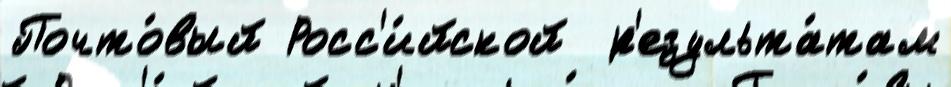
Почто́вый Росс'и́йской  р'езульта́там